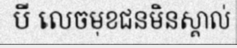
បី លេចមុខជនមិនស្គាល់